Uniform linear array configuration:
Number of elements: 4
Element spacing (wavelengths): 0.5
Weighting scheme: binomial
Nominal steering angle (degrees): -15
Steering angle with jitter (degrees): -13.266
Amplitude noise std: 0.05
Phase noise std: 0.05

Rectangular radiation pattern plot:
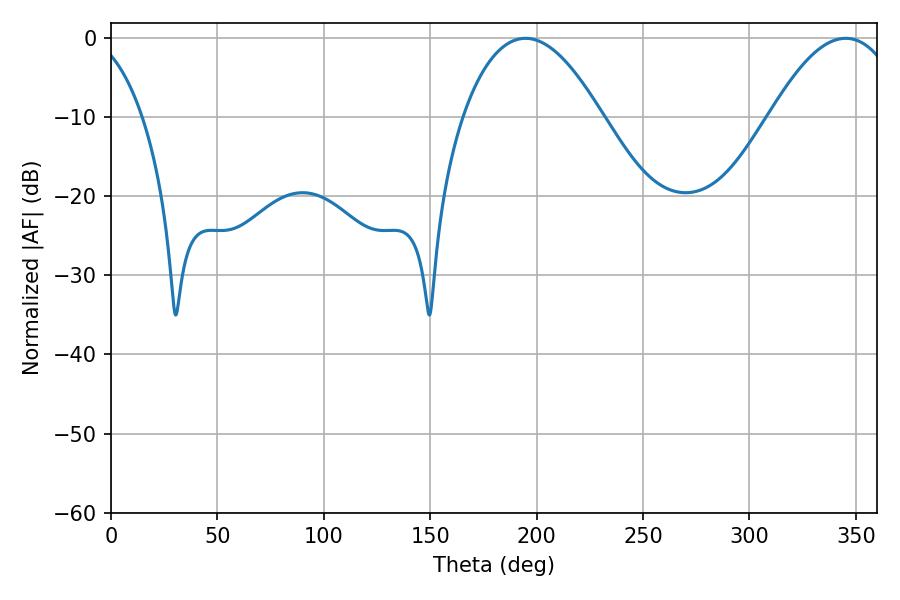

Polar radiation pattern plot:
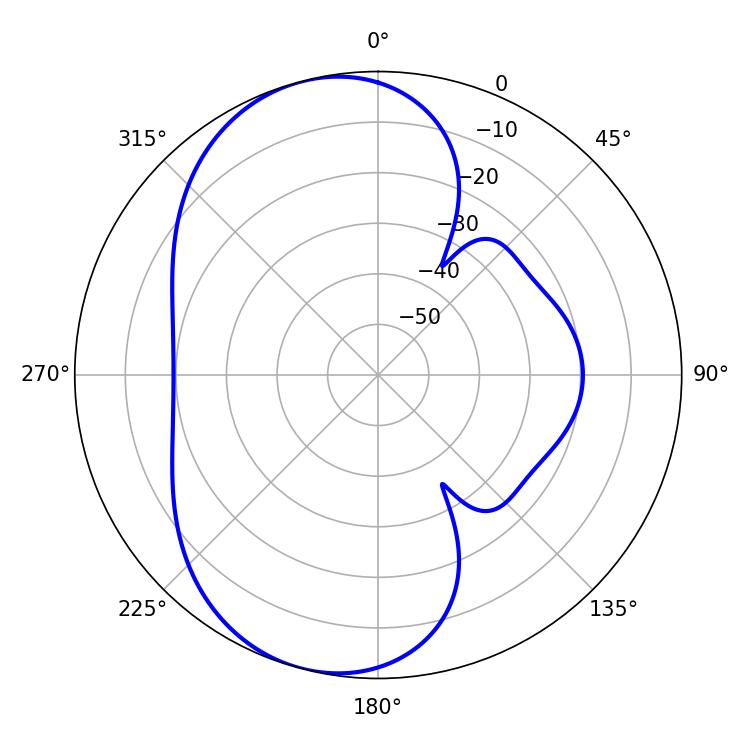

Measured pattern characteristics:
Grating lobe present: FALSE
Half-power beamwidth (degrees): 36.18
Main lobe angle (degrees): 194.76